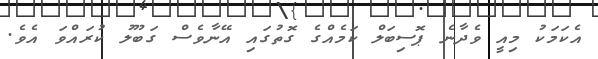
އެކަމަކު މިއީ ވެދާނެ ޕޮސިބަލް ކަމެއްގެ ގޮތުގައި އޭނާވެސް ގަބޫލު ކުރައްވަ އެވެ.